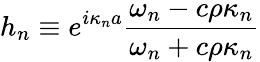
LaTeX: h_{n}\equiv e^{i\kappa_{n}a}\frac{\omega_{n}-c\rho\kappa_{n}}{\omega_{n}+c\rho\kappa_{n}}